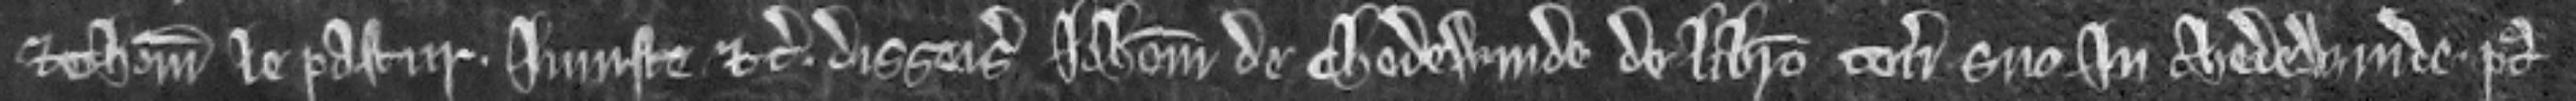
et Thomas le Pastur injuste etc. disseisiverunt Johannem de Chedewinde de libero tenemento suo in Chedewinde post